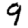
Digit: 9